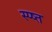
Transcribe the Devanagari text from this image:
स्प्ष्त